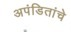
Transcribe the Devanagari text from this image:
अपंडितांचे